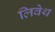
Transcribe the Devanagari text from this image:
लिवेथ